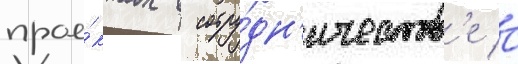
прое́ктах в сотру́дн'ичеств'е с